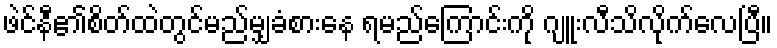
ဖဲင်နီ၏စိတ်ထဲတွင်မည်မျှခံစားနေ ရမည်ကြောင်းကို ဂျူးလီသိလိုက်လေပြီ။